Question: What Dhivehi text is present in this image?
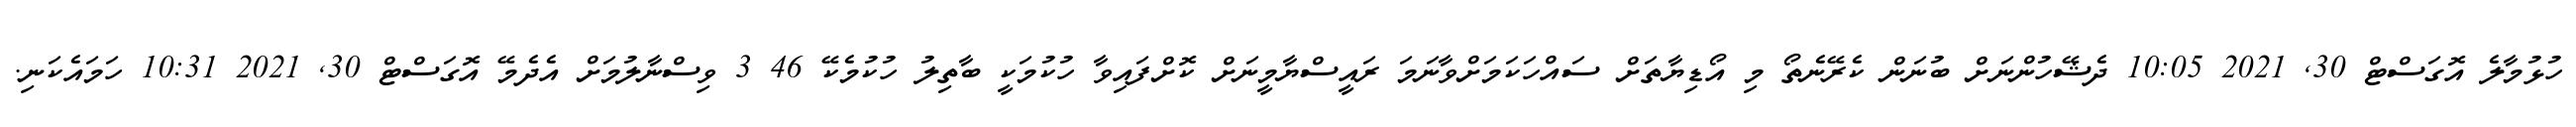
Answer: ހުޅުމާލެ އޮގަސްޓް 30, 2021 10:05 ދެޝޭހުންނަށް ބުނަން ކެރޭނެތޯ މި އޯޑިޔާތަށް ސައްހަކަމަށްވާނަމަ ރައީސްޔާމީނަށް ކޮށްފައިވާ ހުކުމަކީ ބާތިލު ހުކުމެކޭ 46 3 ވިސްނާލުމަށް އެދެމޭ އޮގަސްޓް 30, 2021 10:31 ހަމައެކަނި.